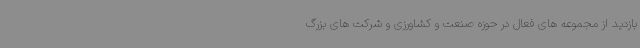
بازدید از مجموعه های فعال در حوزه صنعت و کشاورزی و شرکت های بزرگ